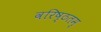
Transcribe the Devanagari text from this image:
वरिष्ठतम्